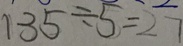
1 3 5 \div 5 = 2 7